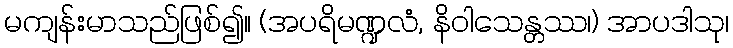
မကျန်းမာသည်ဖြစ်၍။ (အပရိမဏ္ဍလံ, နိဝါသေန္တဿ၊) အာပဒါသု၊